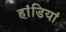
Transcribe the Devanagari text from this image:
हांडियां